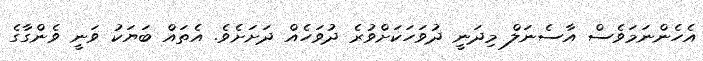
އެހެންނަމަވެސް އާސެނަލް މިދަނީ ދުވަހަކަށްވުރެ ދުވަހެއް ދަށަށެވެ. އެތައް ބަޔަކު ވަނީ ވެންގާގެ